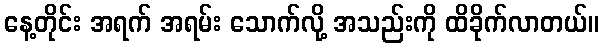
နေ့တိုင်း အရက် အရမ်း သောက်လို့ အသည်းကို ထိခိုက်လာတယ်။